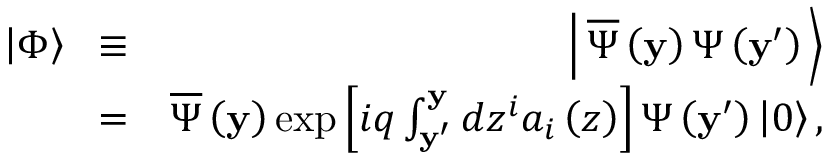
\begin{array} { r l r } { \left| \Phi \right\rangle \! } & { \equiv } & { \! \left| \, { \overline { { \Psi } } \left( { \bf y } \right) \Psi \left( { { { \bf y } ^ { \prime } } } \right) } \, \right\rangle } \\ & { = } & { \overline { { \Psi } } \left( { \bf y } \right) \exp \left[ { i q \int _ { { { \bf y } ^ { \prime } } } ^ { \bf y } { d { z ^ { i } } { a _ { i } } \left( z \right) } } \right] \Psi \left( { { { \bf y } ^ { \prime } } } \right) \left| 0 \right\rangle , } \end{array}